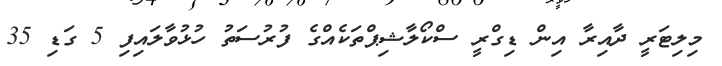
މިލިޓަރީ ދާއިރާ އިން ޑިގްރީ ސްކޯލާޝިޕްތަކެއްގެ ފުރުސަތު ހުޅުވާލައިފި 5 ގަޑި 35